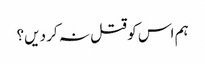
ہم اس کو قتل نہ کر دیں؟